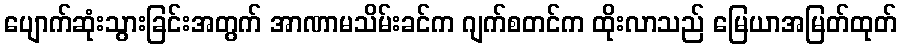
ပျောက်ဆုံးသွားခြင်းအတွက် အာဏာမသိမ်းခင်က ဂျက်စတင်က ထိုးလာသည် မြေယာအမြတ်ထုတ်